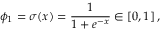
\phi _ { 1 } = \sigma ( x ) = \frac { 1 } { 1 + e ^ { - x } } \in [ 0 , 1 ] \, ,